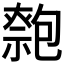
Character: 𠤃